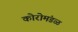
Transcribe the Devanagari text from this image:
कोरोमंडळ